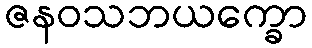
ဇနဝသဘယက္ခော